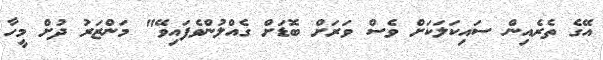
އޭގެ ތެރެއިން ސައިކަލަކަށް ވެސް ވަރަށް ބޮޑަށް ގެއްލުންވެފައިވޭ" މަންޒަރު ދުށް މީހާ